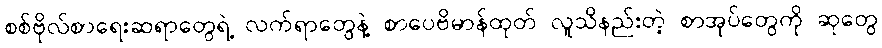
စစ်ဗိုလ်စာရေးဆရာတွေရဲ့ လက်ရာတွေနဲ့ စာပေဗိမာန်ထုတ် လူသိနည်းတဲ့ စာအုပ်တွေကို ဆုတွေ